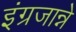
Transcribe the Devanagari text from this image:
इंग्रजान्ने